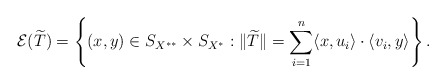
\begin{align*}\mathcal{E}(\widetilde{T})=\left\{(x,y)\in S_{X^{**}}\times S_{X^*}:\|\widetilde{T}\|=\sum_{i=1}^n\langle x,u_i\rangle \cdot \langle v_i,y\rangle \right\}.\end{align*}